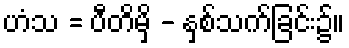
ဟံသ = ပီတိမှိ - နှစ်သက်ခြင်း၌။